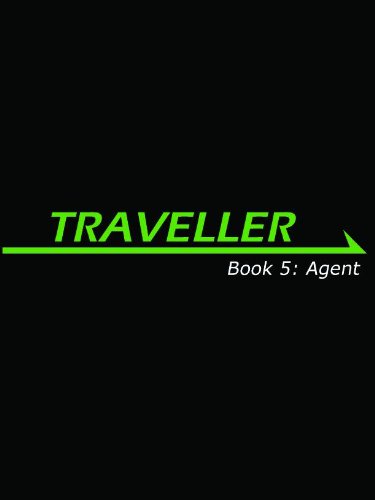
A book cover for Traveller Book 5: Agent (Traveller Sci-Fi Roleplaying); Gareth Hanrahan; Science Fiction & Fantasy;